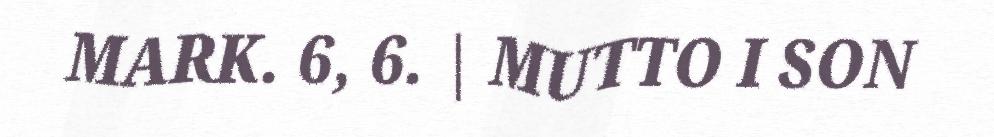
MARK. 6, 6. | MUTTO I SON